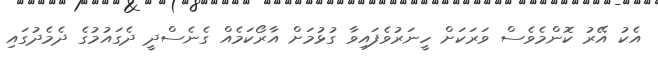
އެކު އޭރު ކޮންމެވެސް ވަރަކަށް ހީނަރުވެފައިވާ ގުޅުމަށް އާރޯކަމެއް ގެނެސްދީ ދެގައުމުގެ ދެމެދުގައި